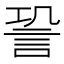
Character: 𧦬